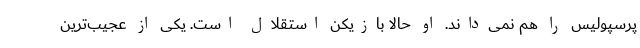
پرسپولیس را هم نمی‌داند. او حالا بازیکن استقلال است. یکی از عجیب‌ترین